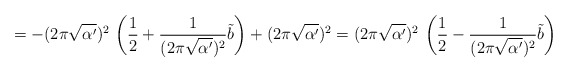
\begin{align*}=- (2 \pi \sqrt{\alpha'})^2\,\left(\frac{1}{2} + \frac{1}{(2 \pi\sqrt{\alpha'})^2} \tilde{b} \right) + (2 \pi \sqrt{\alpha'})^2 = (2\pi \sqrt{\alpha'})^2 \,\left(\frac{1}{2} - \frac{1}{(2 \pi\sqrt{\alpha'})^2} \tilde{b} \right)\end{align*}